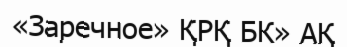
«Заречное» ҚРҚ БК» АҚ